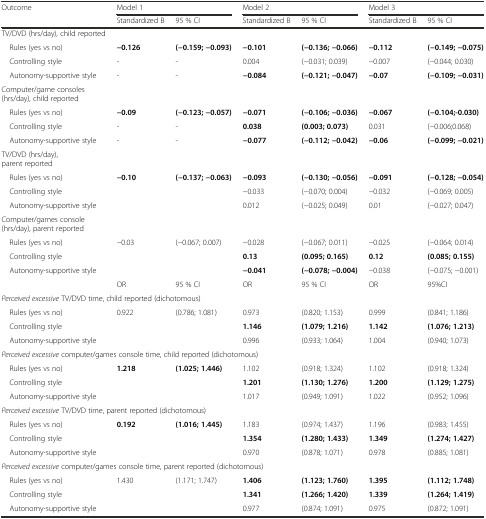
<table><thead><tr><td><b>Outcome</b></td><td colspan="2"><b>Model 1</b></td><td colspan="2"><b>Model 2</b></td><td colspan="2"><b>Model 3</b></td></tr><tr><td></td><td><b>Standardized B</b></td><td><b>95 % CI</b></td><td><b>Standardized B</b></td><td><b>95 % CI</b></td><td><b>Standardized B</b></td><td><b>95 % CI</b></td></tr></thead><tbody><tr><td>TV/DVD (hrs/day), child reported</td><td></td><td></td><td></td><td></td><td></td><td></td></tr><tr><td> Rules (yes vs no)</td><td><b>−0.126</b></td><td><b>(−0.159; −0.093)</b></td><td><b>−0.101</b></td><td><b>(−0.136; −0.066)</b></td><td><b>−0.112</b></td><td><b>(−0.149; −0.075)</b></td></tr><tr><td> Controlling style</td><td>-</td><td>-</td><td>0.004</td><td>(−0.031; 0.039)</td><td>−0.007</td><td>(−0.044; 0.030)</td></tr><tr><td> Autonomy-supportive style</td><td>-</td><td>-</td><td><b>−0.084</b></td><td><b>(−0.121; −0.047)</b></td><td><b>−0.07</b></td><td><b>(−0.109; −0.031)</b></td></tr><tr><td>Computer/game consoles (hrs/day), child reported</td><td></td><td></td><td></td><td></td><td></td><td></td></tr><tr><td> Rules (yes vs no)</td><td><b>−0.09</b></td><td><b>(−0.123; −0.057)</b></td><td><b>−0.071</b></td><td><b>(−0.106; −0.036)</b></td><td><b>−0.067</b></td><td><b>(−0.104;-0.030)</b></td></tr><tr><td> Controlling style</td><td>-</td><td>-</td><td><b>0.038</b></td><td><b>(0.003; 0.073)</b></td><td>0.031</td><td>(−0.006;0.068)</td></tr><tr><td> Autonomy-supportive style</td><td>-</td><td>-</td><td><b>−0.077</b></td><td><b>(−0.112; −0.042)</b></td><td><b>−0.06</b></td><td><b>(−0.099; −0.021)</b></td></tr><tr><td>TV/DVD (hrs/day), parent reported</td><td></td><td></td><td></td><td></td><td></td><td></td></tr><tr><td> Rules (yes vs no)</td><td><b>−0.10</b></td><td><b>(−0.137; −0.063)</b></td><td><b>−0.093</b></td><td><b>(−0.130; −0.056)</b></td><td><b>−0.091</b></td><td><b>(−0.128; −0.054)</b></td></tr><tr><td> Controlling style</td><td></td><td></td><td>−0.033</td><td>(−0.070; 0.004)</td><td>−0.032</td><td>(−0.069; 0.005)</td></tr><tr><td> Autonomy-supportive style</td><td></td><td></td><td>0.012</td><td>(−0.025; 0.049)</td><td>0.01</td><td>(−0.027; 0.047)</td></tr><tr><td>Computer/games console (hrs/day), parent reported</td><td></td><td></td><td></td><td></td><td></td><td></td></tr><tr><td> Rules (yes vs no)</td><td>−0.03</td><td>(−0.067; 0.007)</td><td>−0.028</td><td>(−0.067; 0.011)</td><td>−0.025</td><td>(−0.064; 0.014)</td></tr><tr><td> Controlling style</td><td></td><td></td><td><b>0.13</b></td><td><b>(0.095; 0.165)</b></td><td><b>0.12</b></td><td><b>(0.085; 0.155)</b></td></tr><tr><td> Autonomy-supportive style</td><td></td><td></td><td><b>−0.041</b></td><td><b>(−0.078; −0.004)</b></td><td>−0.038</td><td>(−0.075; −0.001)</td></tr><tr><td></td><td>OR</td><td>95 % CI</td><td>OR</td><td>95 % CI</td><td>OR</td><td>95%CI</td></tr><tr><td colspan="3"><i>Perceived excessive</i> TV/DVD time, child reported (dichotomous)</td><td></td><td></td><td></td><td></td></tr><tr><td> Rules (yes vs no)</td><td>0.922</td><td>(0.786; 1.081)</td><td>0.973</td><td>(0.820; 1.153)</td><td>0.999</td><td>(0.841; 1.186)</td></tr><tr><td> Controlling style</td><td></td><td></td><td><b>1.146</b></td><td><b>(1.079; 1.216)</b></td><td><b>1.142</b></td><td><b>(1.076; 1.213)</b></td></tr><tr><td> Autonomy-supportive style</td><td></td><td></td><td>0.996</td><td>(0.933; 1.064)</td><td>1.004</td><td>(0.940; 1.073)</td></tr><tr><td colspan="4"><i>Perceived excessive</i> computer/games console time, child reported (dichotomous)</td><td></td><td></td><td></td></tr><tr><td> Rules (yes vs no)</td><td><b>1.218</b></td><td><b>(1.025; 1.446)</b></td><td>1.102</td><td>(0.918; 1.324)</td><td>1.102</td><td>(0.918; 1.324)</td></tr><tr><td> Controlling style</td><td></td><td></td><td><b>1.201</b></td><td><b>(1.130; 1.276)</b></td><td><b>1.200</b></td><td><b>(1.129; 1.275)</b></td></tr><tr><td> Autonomy-supportive style</td><td></td><td></td><td>1.017</td><td>(0.949; 1.091)</td><td>1.022</td><td>(0.952; 1.096)</td></tr><tr><td colspan="3"><i>Perceived excessive</i> TV/DVD time, parent reported (dichotomous)</td><td></td><td></td><td></td><td></td></tr><tr><td> Rules (yes vs no)</td><td><b>0.192</b></td><td><b>(1.016; 1.445)</b></td><td>1.183</td><td>(0.974; 1.437)</td><td>1.196</td><td>(0.983; 1.455)</td></tr><tr><td> Controlling style</td><td></td><td></td><td><b>1.354</b></td><td><b>(1.280; 1.433)</b></td><td><b>1.349</b></td><td><b>(1.274; 1.427)</b></td></tr><tr><td> Autonomy-supportive style</td><td></td><td></td><td>0.970</td><td>(0.878; 1.071)</td><td>0.978</td><td>(0.885; 1.081)</td></tr><tr><td colspan="4"><i>Perceived excessive</i> computer/games console time, parent reported (dichotomous)</td><td></td><td></td><td></td></tr><tr><td> Rules (yes vs no)</td><td>1.430</td><td>(1.171; 1.747)</td><td><b>1.406</b></td><td><b>(1.123; 1.760)</b></td><td><b>1.395</b></td><td><b>(1.112; 1.748)</b></td></tr><tr><td> Controlling style</td><td></td><td></td><td><b>1.341</b></td><td><b>(1.266; 1.420)</b></td><td><b>1.339</b></td><td><b>(1.264; 1.419)</b></td></tr><tr><td> Autonomy-supportive style</td><td></td><td></td><td>0.977</td><td>(0.874; 1.091)</td><td>0.975</td><td>(0.872; 1.091)</td></tr></tbody></table>